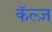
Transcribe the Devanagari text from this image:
कॅल्ज़